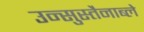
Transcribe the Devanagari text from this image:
उन्सुस्तैनाब्ले